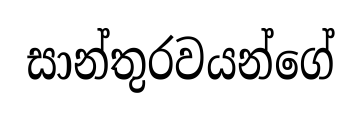
සාන්තුරවයන්ගේ